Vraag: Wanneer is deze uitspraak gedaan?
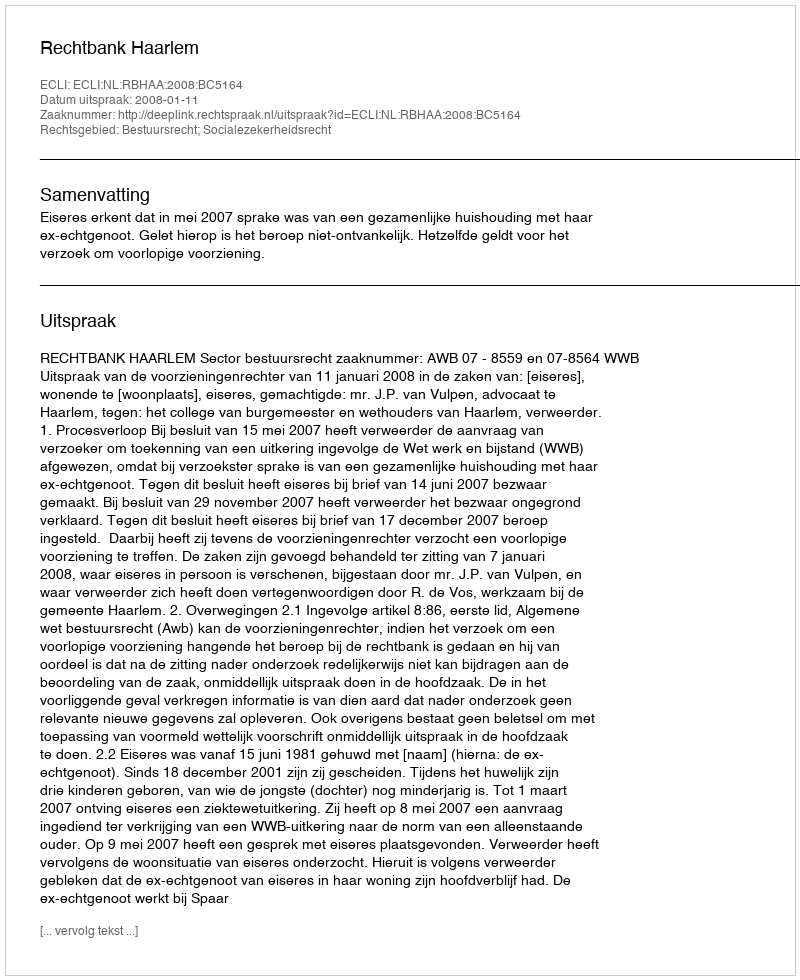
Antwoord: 2008-01-11